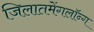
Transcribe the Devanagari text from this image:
जिलातमेंगलॉन्ग